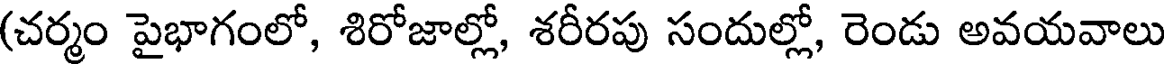
(చర్మం పైభాగంలో, శిరోజాల్లో, శరీరపు సందుల్లో, రెండు అవయవాలు